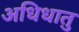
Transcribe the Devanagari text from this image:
अधिधातु